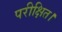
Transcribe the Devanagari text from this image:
परीक्षित।